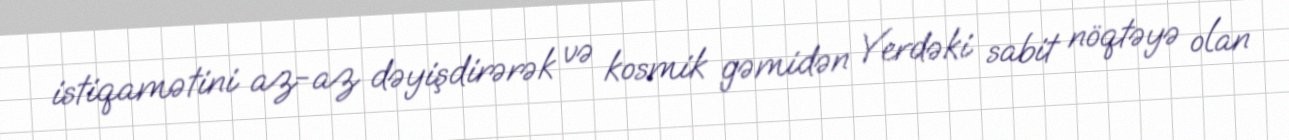
istiqamətini az-az dəyişdirərək və kosmik gəmidən Yerdəki sabit nöqtəyə olan